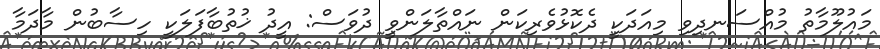
މައުލޫމާތު މުއްސަނދިވި މިއަދަކީ ދެކޮޅުވެރިކަން ނައްތާލަންވީ ދުވަސް: އީދު ޚުތުބާފަލަކީ ހިސާބުން މާދަމާ